Annual administration report of the Bombay Presidency - 1887-1892
Year: 1887
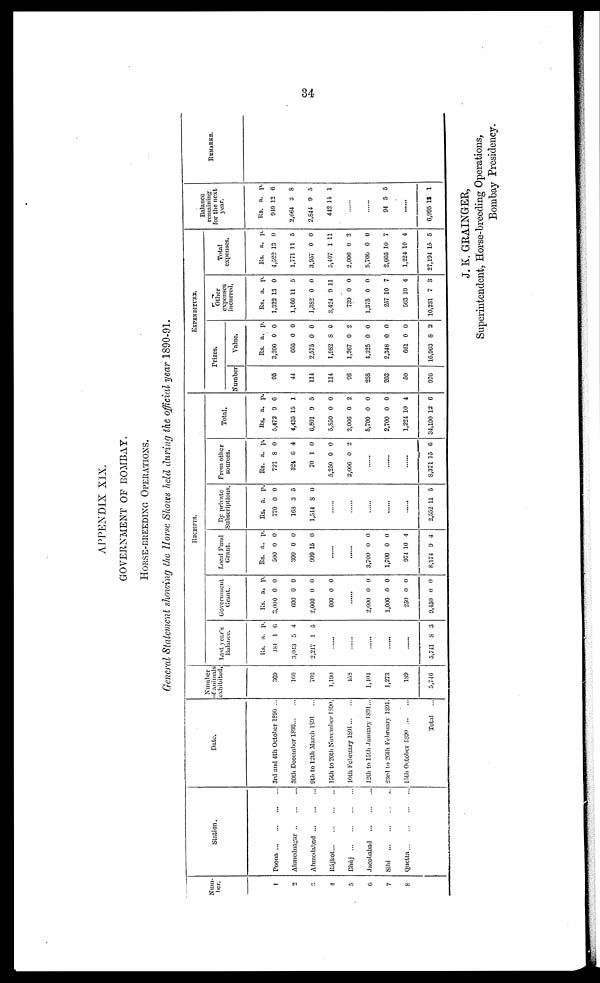
34
APPENDIX XIX,
GOVERNMENT OF BOMBAY.
HORSE-BREEDING OPERATIONS.
General Statement showing the Horse Shows held during the official year 1890-91.
Num-
ber.
1
2
3
4
5
6
7
8
Station.
Poona ... ... ... ... ...
Ahmednagar
...
...
...
Ahmedabad ... ... ...
Rájkot
...
...
...
...
Bhúj
...
...
...
...
Jacobabad
...
...
...
Sibi ... ... ... ...
Quetta ... ... ... ... ...
Date.
3rd and 4th October 1890 ...
30th December 1890 ... ...
9th to 12th March 1891 ...
15th to 20th November 1890.
10th February 1891 ... ...
12th to 15th January 1801 ...
23rd to 26th February 1891.
15th October 1890 ... ...
Total
...
Number
of animals
exhibited.
369
160
703
1,190
158
1,104
1,273
189
5,746
RECEIPTS.
Last year's
Balance.
Rs.
481
3,043
2,217
a.
1 6
5
1
p.
4
5
......
5,741 8
3
Government
Grant.
Rs.
3,000
600
2,000
600
a.
0
0
0
0
p.
0
0
0
0
.....
2,000
1,000
250
9,450
0
0
0
0
0
0
0
0
Local Fund
Grant.
Rs.
500
300
999
a.
0
0
15
p.
0
0
0
......
......
3,700
1,700
974
8,174
0
0
10
9
0
0
4
1
By private
Subscriptions.
Rs.
770
168
1,514
a.
0
3
8
p.
0
5
0
......
......
......
......
......
2,552 11 5
From other
sources.
Rs.
721
321
70
5,250
2,000
a.
8
6
1
0
0
p.
0
4
0
0
2
......
......
......
8,371 15 0
Total.
Rs.
5,472
4,435
6,801
5,850
2,006
5,700
2,700
1,224
34,190
a.
0
15
9
0
0
0
0
10
12
p.
0
1
5
0
2
0
0
4
0
EXPENDITURE.
Prizes.
Number
95
44
114
114
98
258
203
50
970
Value.
Rs.
3,200
605
2,575
1,982
1,267
4,325
2,348
601
16,963
a.
0
0
0
8
0
0
0
0
8
p.
0
0
0
0
2
0
0
0
2
Oth
expenses
incurred.
Rs.
1,322
1,166
1,382
3,424
739
1,375
257
503
10,231
a.
13
11
0
9 1
0
0
10
10
7
p.
0
5
0
1
0
0
7
4
3
Total
expenses.
Rs.
4,522
1,771
3,957
5,407
2,006
5,700
2,005
1,224
27,194
a.
13
11
0
1
0
0
10
10
15
p.
0
5
0
11
2
0
7
4
5
Balance
remaining
for the next
year.
Rs.
949
2,664
2,844
442
a.
12
3 8
9
14
p.
6
5
1
......
......
94 5 5
......
6,995 13 1
REMARKS.
J. K. GRAINGER,
Superintendent, Horse-breeding Operations,
Bombay Presidency.